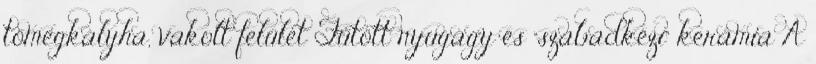
tömegkályha, vakolt felület Fűtött nyugágy és "szabadkézi" kerámia A